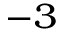
^ { - 3 }